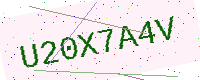
Text: U20X7A4V